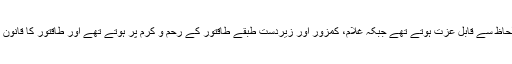
معاشرے کے طاقتور لوگ ہر لحاظ سے قابل عزت ہوتے تھے جبکہ غلام، کمزور اور زیردست طبقے طاقتور کے رحم و کرم پر ہوتے تھے اور طاقتور کا قانون ہی ان کے مقدر کا فیصلہ کرتا۔